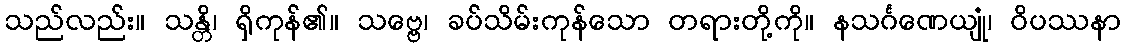
သည်လည်း။ သန္တိ၊ ရှိကုန်၏။ သဗ္ဗေ၊ ခပ်သိမ်းကုန်သော တရားတို့ကို။ နသင်္ဂဏေယျုံ၊ ဝိပဿနာ